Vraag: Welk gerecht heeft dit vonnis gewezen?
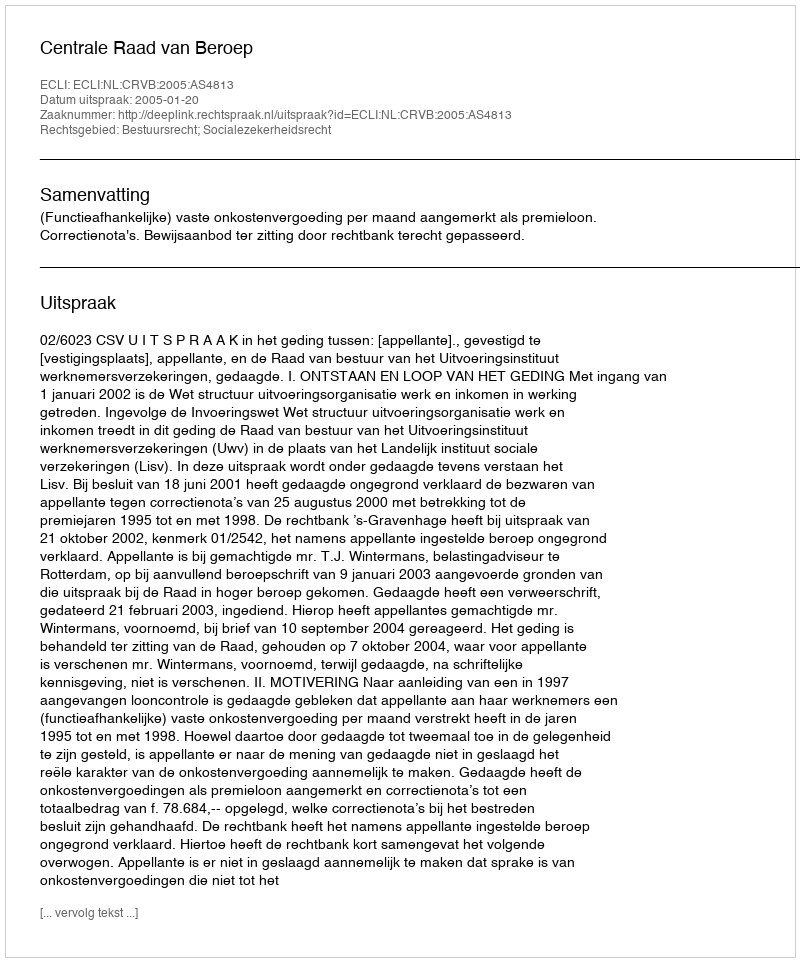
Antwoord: Centrale Raad van Beroep